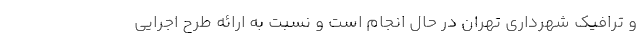
و ترافیک شهرداری تهران در حال انجام است و نسبت به ارائه طرح اجرایی